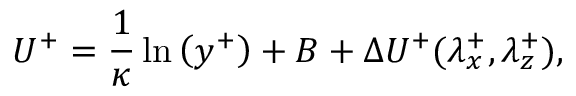
U ^ { + } = \frac { 1 } { \kappa } \ln \left( y ^ { + } \right) + B + \Delta U ^ { + } ( \lambda _ { x } ^ { + } , \lambda _ { z } ^ { + } ) ,